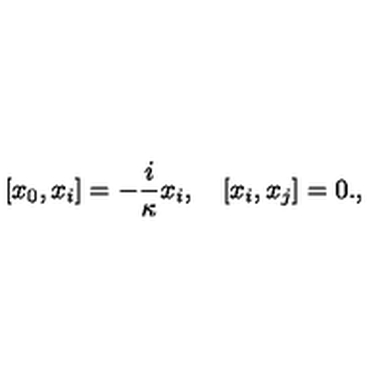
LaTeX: [ x _ { 0 } , x _ { i } ] = - \frac { i } { \kappa } x _ { i } , \quad [ x _ { i } , x _ { j } ] = 0 . ,